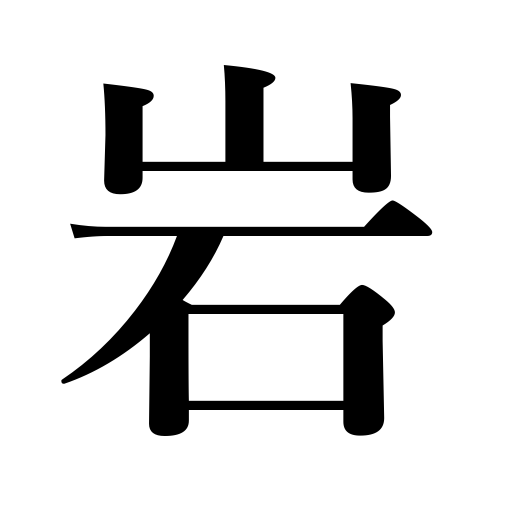
Meanings: crag,reef,rock